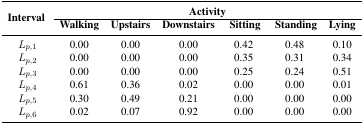
<table><thead><tr><td rowspan="3"><b>Interval</b></td><td colspan="6"><b>Activity</b></td></tr><tr><td><b>Walking</b></td><td><b>Upstairs</b></td><td><b>Downstairs</b></td><td><b>Sitting</b></td><td><b>Standing</b></td><td><b>Lying</b></td></tr></thead><tbody><tr><td><i>L<sub>p</sub></i><sub>,1</sub></td><td>0.00</td><td>0.00</td><td>0.00</td><td>0.42</td><td>0.48</td><td>0.10</td></tr><tr><td><i>L<sub>p</sub></i><sub>,2</sub></td><td>0.00</td><td>0.00</td><td>0.00</td><td>0.35</td><td>0.31</td><td>0.34</td></tr><tr><td><i>L<sub>p</sub></i>,<sub>3</sub></td><td>0.00</td><td>0.00</td><td>0.00</td><td>0.25</td><td>0.24</td><td>0.51</td></tr><tr><td><i>L<sub>p</sub></i><sub>,4</sub></td><td>0.61</td><td>0.36</td><td>0.02</td><td>0.00</td><td>0.00</td><td>0.01</td></tr><tr><td><i>L<sub>p</sub></i><sub>,5</sub></td><td>0.30</td><td>0.49</td><td>0.21</td><td>0.00</td><td>0.00</td><td>0.00</td></tr><tr><td><i>L<sub>p</sub></i><sub>,6</sub></td><td>0.02</td><td>0.07</td><td>0.92</td><td>0.00</td><td>0.00</td><td>0.00</td></tr></tbody></table>